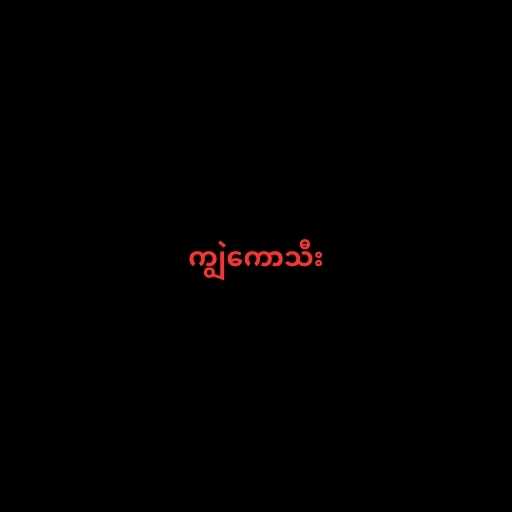
ကျွဲကောသီး